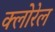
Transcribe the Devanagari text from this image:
क्लोरेल